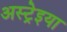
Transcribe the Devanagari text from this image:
अस्ट्रेइया